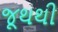
જૂથથી